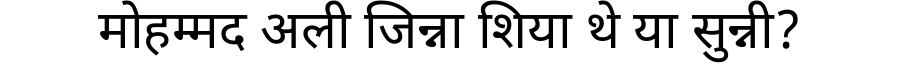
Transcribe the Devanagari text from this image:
मोहम्मद अली जिन्ना शिया थे या सुन्नी?